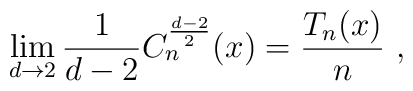
\lim_{d\to2}\frac1{d-2}C_n^{\frac{d-2}2}(x)=\frac{T_n(x)}n \ ,\nonumber\\